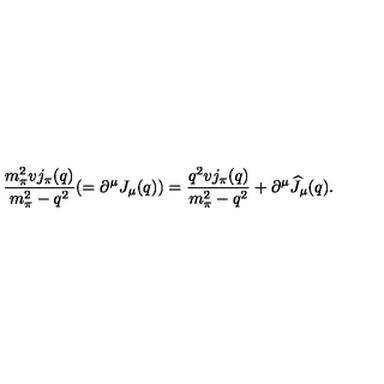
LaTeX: \displaystyle { \frac { m _ { \pi } ^ { 2 } v j _ { \pi } ( q ) } { m _ { \pi } ^ { 2 } - q ^ { 2 } } ( = \partial ^ { \mu } J _ { \mu } ( q ) ) = \frac { q ^ { 2 } v j _ { \pi } ( q ) } { m _ { \pi } ^ { 2 } - q ^ { 2 } } + \partial ^ { \mu } \widehat J _ { \mu } ( q ) . }